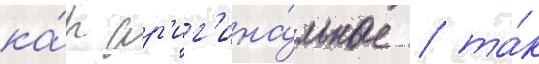
ка́к ор'иг'ина́льные / та́к